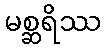
မစ္ဆရိဿ